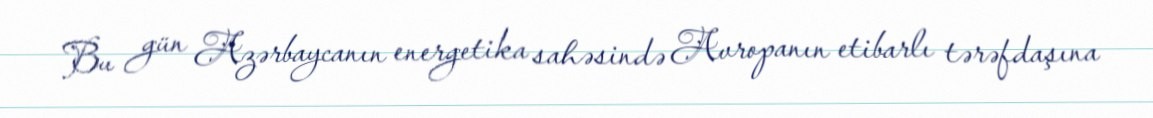
Bu gün Azərbaycanın energetika sahəsində Avropanın etibarlı tərəfdaşına